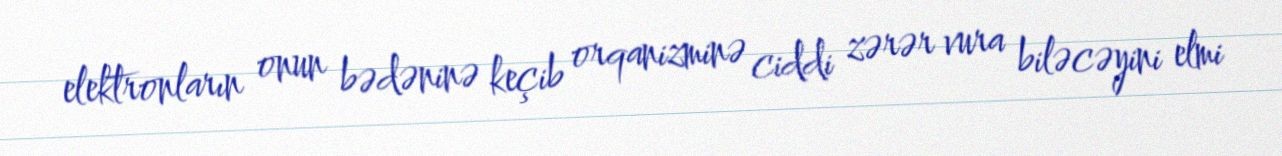
elektronların onun bədəninə keçib orqanizminə ciddi zərər vura biləcəyini elmi